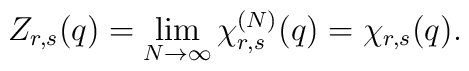
Z_{r,s}(q)=\lim_{N\to\infty}\chi_{r,s}^{(N)}(q)=\chi_{r,s}(q).